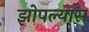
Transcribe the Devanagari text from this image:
झोपल्यास